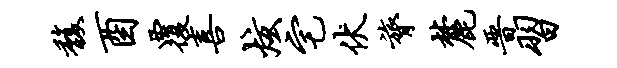
馥酉覆喜炫宅伏膂麓晋习